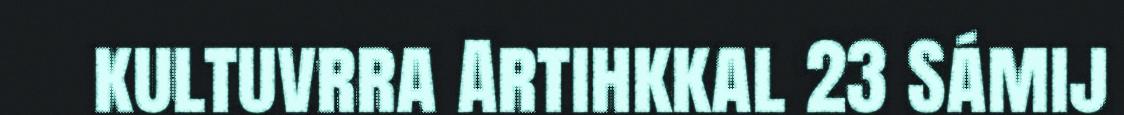
kultuvrra Artihkkal 23 Sámij